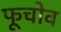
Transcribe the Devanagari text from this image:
फूचोव